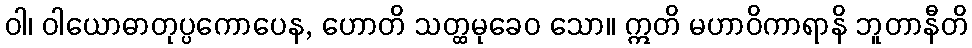
ဝါ၊ ဝါယောဓာတုပ္ပကောပေန, ဟောတိ သတ္ထမုခေဝ သော။ ဣတိ မဟာဝိကာရာနိ ဘူတာနီတိ